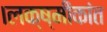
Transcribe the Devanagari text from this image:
।लक्ष्मीकांत